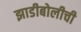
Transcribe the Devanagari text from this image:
झाडीबोलीची